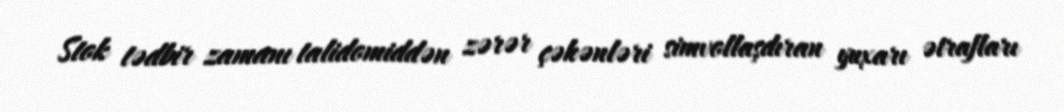
Stok tədbir zamanı talidomiddən zərər çəkənləri simvollaşdıran yuxarı ətrafları